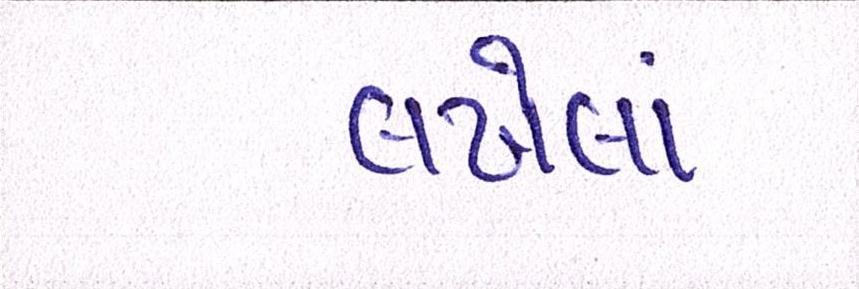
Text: લખેલાં